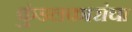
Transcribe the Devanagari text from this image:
कुंडलकारांचा